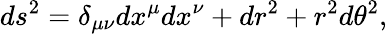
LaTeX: ds^{2}=\delta_{\mu\nu}dx^{\mu}dx^{\nu}+dr^{2}+r^{2}d\theta^{2},